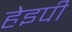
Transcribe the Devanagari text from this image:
हेइपी